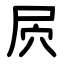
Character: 屄